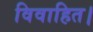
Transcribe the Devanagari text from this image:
विवाहित।